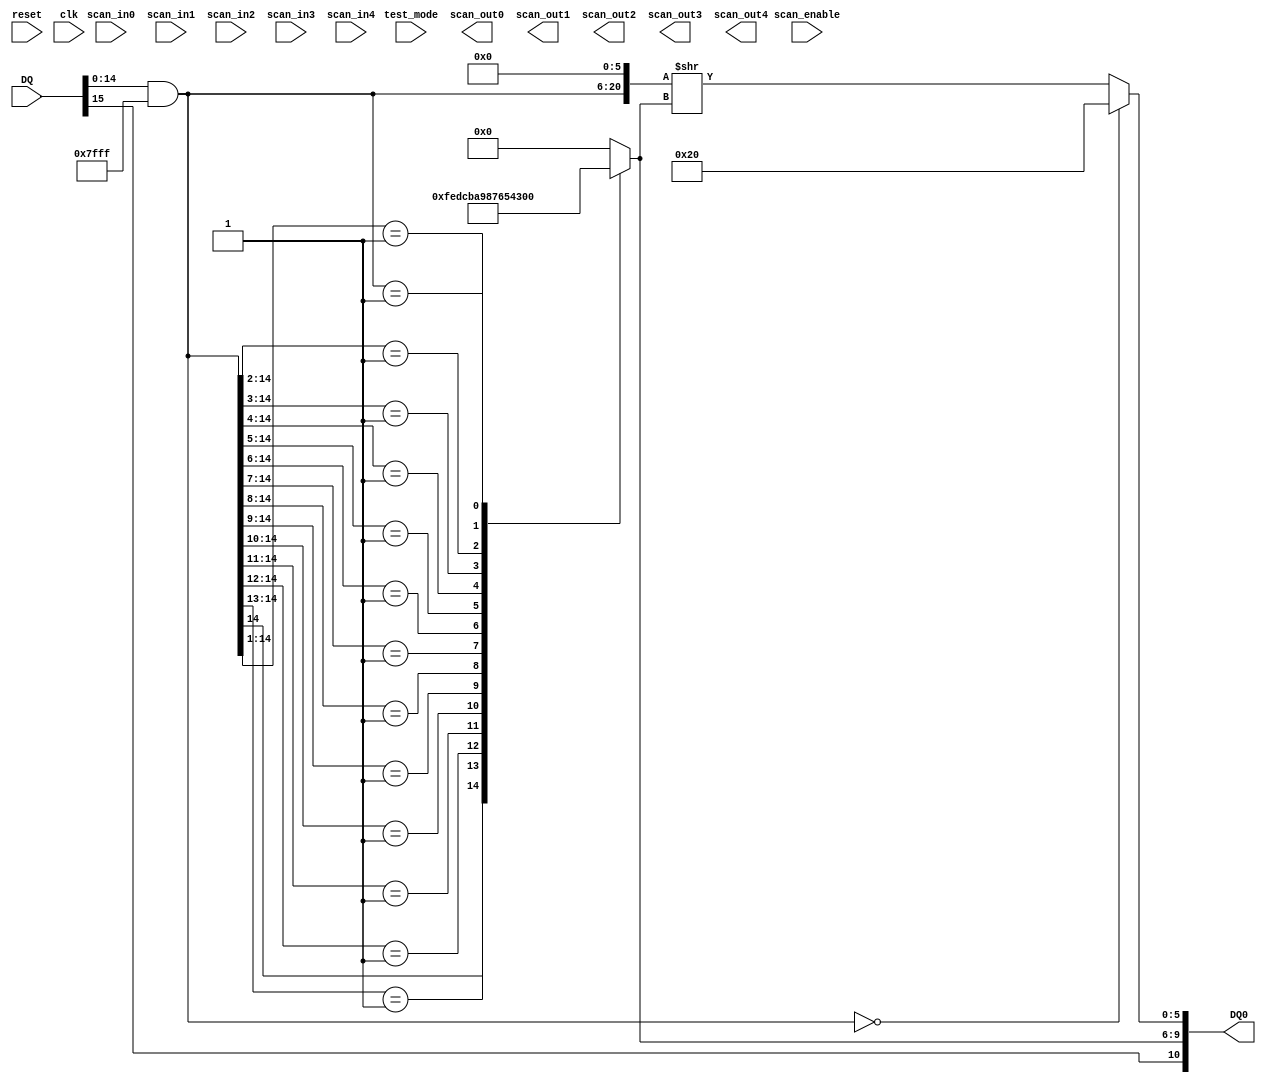
/*
Description: Low level FLOATA block to convert 15-bit or 16-bit signed magnitude to floating point

Author: Swathika Ramakriahnan

Revision History:

//-----------------------------------------------------------------------------------------------------------------------------
2/13/16 - Swathika - Initial creation
2/16/15 - Swathika - modified
2/17/15 - Adam - added a missing parenthesis. Also added back in the full conditionings for EXP from the spec
2/20/16 - swathika - concatenation instead of shift 
3/30/16 - swathika - replaced the blocking statements with the non-blocking statements and added comments
3/31/16 - swathika - replaced the If statements with case statements
//-----------------------------------------------------------------------------------------------------------------------------

*/

module FLOATA (
           reset,
           clk,
           scan_in0,
           scan_in1,
           scan_in2,
           scan_in3,
           scan_in4,
           scan_enable,
           test_mode,
           scan_out0,
           scan_out1,
           scan_out2,
           scan_out3,
           scan_out4,
	   DQ,
	   DQ0
       );

input
    reset,                      // system reset
    clk;                        // system clock

input
    scan_in0,                   // test scan mode data input
    scan_in1,                   // test scan mode data input
    scan_in2,                   // test scan mode data input
    scan_in3,                   // test scan mode data input
    scan_in4,                   // test scan mode data input
    scan_enable,                // test scan mode enable
    test_mode;                  // test mode 

output
    scan_out0,                  // test scan mode data output
    scan_out1,                  // test scan mode data output
    scan_out2,                  // test scan mode data output
    scan_out3,                  // test scan mode data output
    scan_out4;                  // test scan mode data output

input [15:0] 
	DQ;

output wire [10:0] 
	DQ0;

wire
	DQS;

wire [14:0]
	MAG;

reg [3:0]
	EXP;

wire [5:0]
	MANT;

// convert 16-bit signed magnitude to floating point	
assign	DQS = DQ[15];
	
// compute magnitude
assign	MAG = (DQ & 32767);
	
//compute exponent
always@ (MAG) begin

	casez (MAG)	
		15'b1??????????????:
			begin
				EXP <= 15;
			end
		15'b01?????????????:
			begin
				EXP <= 14;
			end
		15'b001????????????:
			begin
				EXP <= 13;
			end
		15'b0001???????????:
			begin
				EXP <= 12;
			end
		15'b00001??????????:
			begin
				EXP <= 11;
			end
		15'b000001?????????:
			begin
				EXP <= 10;
			end
		15'b0000001????????:
			begin
				EXP <= 9;
			end
		15'b00000001???????:
			begin
				EXP <= 8;
			end
		15'b000000001??????:
			begin
				EXP <= 7;
			end
		15'b0000000001?????:
			begin
				EXP <= 6;
			end
		15'b00000000001????:
			begin
				EXP <= 5;
			end
		15'b000000000001???:
			begin
				EXP <= 4;
			end
		15'b0000000000001??:
			begin
				EXP <= 3;
			end
		15'b00000000000001?:
			begin
				EXP <= 2;
			end
		15'b000000000000001:
			begin
				EXP <= 1;
			end
		default:
			begin
				EXP <= 0;
			end
	endcase
end

//compute mantissa with a 1 in the most significant bit
assign MANT = (MAG == 0)?32:(({MAG,6'b000000})>>EXP);
	
//combine sign bit, 4 exponent bits and 6 mantissa bits into one 11-bit word
assign	DQ0 = ({DQS,EXP,MANT});

endmodule // FLOATA